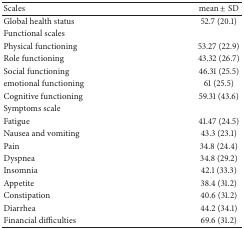
<table><thead><tr><td><b>Scales </b></td><td><b>mean ± SD </b></td></tr></thead><tbody><tr><td>Global health status</td><td>52.7 (20.1)</td></tr><tr><td colspan="2">Functional scales</td></tr><tr><td>Physical functioning</td><td>53.27 (22.9)</td></tr><tr><td>Role functioning</td><td>43.32 (26.7)</td></tr><tr><td>Social functioning</td><td>46.31 (25.5)</td></tr><tr><td>emotional functioning</td><td>61 (25.5)</td></tr><tr><td>Cognitive functioning</td><td>59.31 (43.6)</td></tr><tr><td colspan="2">Symptoms scale</td></tr><tr><td>Fatigue</td><td>41.47 (24.5)</td></tr><tr><td>Nausea and vomiting</td><td>43.3 (23.1)</td></tr><tr><td>Pain</td><td>34.8 (24.4)</td></tr><tr><td>Dyspnea</td><td>34.8 (29.2)</td></tr><tr><td>Insomnia</td><td>42.1 (33.3)</td></tr><tr><td>Appetite</td><td>38.4 (31.2)</td></tr><tr><td>Constipation</td><td>40.6 (31.2)</td></tr><tr><td>Diarrhea</td><td>44.2 (34.1)</td></tr><tr><td>Financial difficulties</td><td>69.6 (31.2)</td></tr></tbody></table>